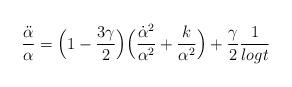
LaTeX: \begin{align*}\frac{\ddot{\alpha}}{\alpha}=\Big{(}1-\frac{3\gamma}{2}\Big{)}\Big{(}\frac{\dot{\alpha}^{2}}{\alpha^{2}}+\frac{k}{\alpha^{2}}\Big{)}+\frac{\gamma}{2}\frac{1}{logt}\end{align*}